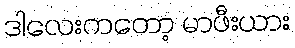
ဒါလေးကတော့ မာဖီးယား